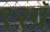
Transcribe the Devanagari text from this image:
१२ग्रॅ